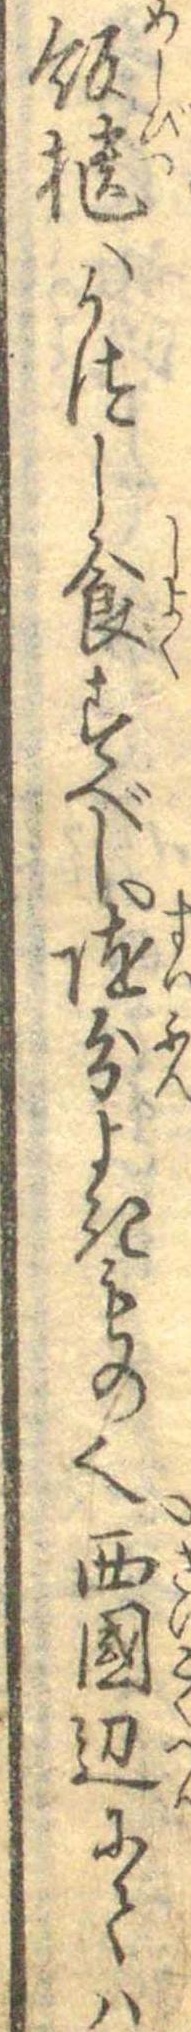
飯櫃へうつし食すべし随分よきもの也西国辺にては